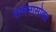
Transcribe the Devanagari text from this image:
वाचनासोबत